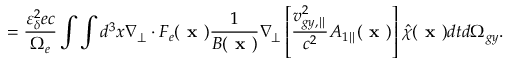
= \frac { \varepsilon _ { \delta } ^ { 2 } e c } { \Omega _ { e } } \int \int d ^ { 3 } x \nabla _ { \perp } \boldsymbol { \cdot } F _ { e } ( \textbf { x } ) \frac { 1 } { B ( \textbf { x } ) } \nabla _ { \perp } \left[ \frac { v _ { g y , \parallel } ^ { 2 } } { c ^ { 2 } } { A } _ { 1 \parallel } ( \textbf { x } ) \right] \hat { \chi } ( \textbf { x } ) d t d \Omega _ { g y } .